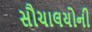
સૌચાલયોની